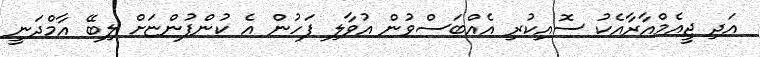
އަދި ޖީއެމްއާރާއެކު ސޮއިކުރި އެއްބަސްވުން އުވާލި ފަހުން އެ ކުންފުންޏަށް ލިބޭ އާމްދަނީ